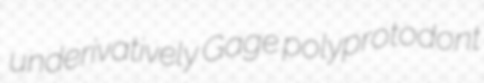
underivatively Gage polyprotodont